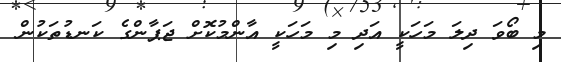
މި ބޯވަ ދިލަ މަހަކީ އަދި މި މަހަކީ އާންމުކޮށް ޖަޕާންގެ ކަނޑުތަކުން